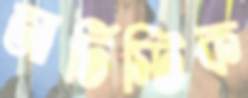
আর্টিস্টিক